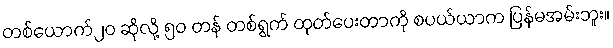
တစ်ယောက်၂၀ ဆိုလို့ ၅၀ တန် တစ်ရွက် ထုတ်ပေးတာကို စပယ်ယာက ပြန်မအမ်းဘူး။